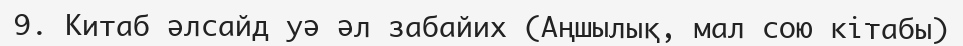
9.	Китаб әлсайд уә әл забайих (Аңшылық, мал сою кітабы)